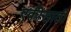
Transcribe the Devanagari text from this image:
एकीसाठी